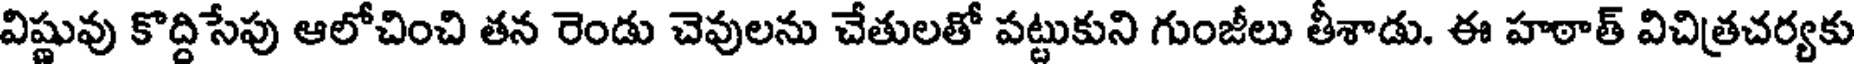
విష్ణువు కొద్దిసేపు ఆలోచించి తన రెండు చెవులను చేతులతో పట్టుకుని గుంజీలు తీశాడు. ఈ హఠాత్ విచిత్రచర్యకు